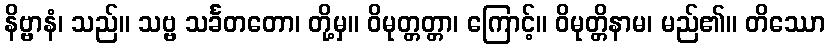
နိဗ္ဗာနံ၊ သည်။ သဗ္ဗ သင်္ခတတော၊ တို့မှ။ ဝိမုတ္တတ္တာ၊ ကြောင့်။ ဝိမုတ္တိနာမ၊ မည်၏။ တိဿော